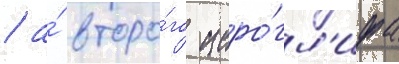
/ а́ второ́го иеро́гл'ифа